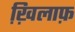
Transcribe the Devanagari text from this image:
ख़ि़लाफ़